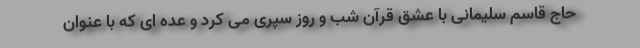
حاج قاسم سلیمانی با عشق قرآن شب و روز سپری می کرد و عده ای که با عنوان